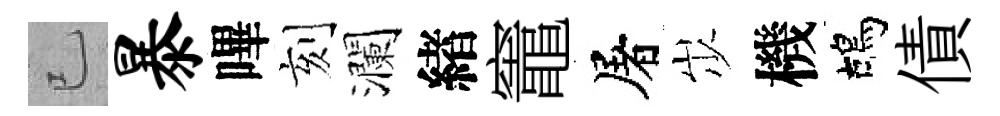
已暴嗶刻瀾緖竈屠𡵯機鴣債